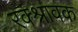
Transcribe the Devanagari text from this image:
रक्श्रावक